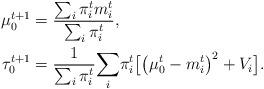
LaTeX: \begin{align*}\mu_{0}^{t+1} & =\frac{\sum_{i}\pi_{i}^{t}m_{i}^{t}}{\sum_{i}\pi_{i}^{t}},\\\tau_{0}^{t+1} & =\frac{1}{\sum_{i}\pi_{i}^{t}}\underset{i}{\sum}\pi_{i}^{t}\bigl[\bigl(\mu_{0}^{t}-m_{i}^{t}\bigr)^{2}+V_{i}\bigr].\end{align*}